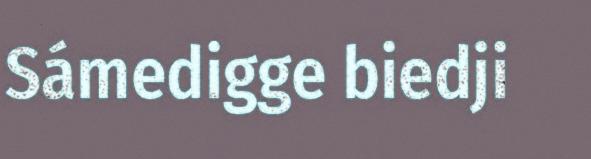
Sámedigge biedji